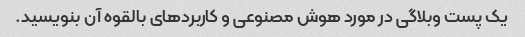
یک پست وبلاگی در مورد هوش مصنوعی و کاربردهای بالقوه آن بنویسید.